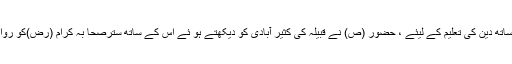
تو ان کے ساتھ دین کی تعلیم کے لیئے ، حضور (ص) نے قبیلہ کی کثیر آبادی کو دیکھتے ہو ئے اس کے ساتھ سترصحا بہ کرام (رض)کو روانہ کر دیا ۔